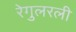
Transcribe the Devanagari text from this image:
रेगुलरली